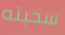
سحبته